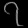
Digit: ၇